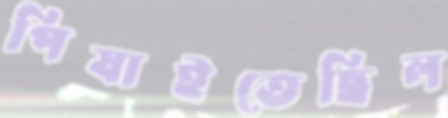
পিষাইতেছিল